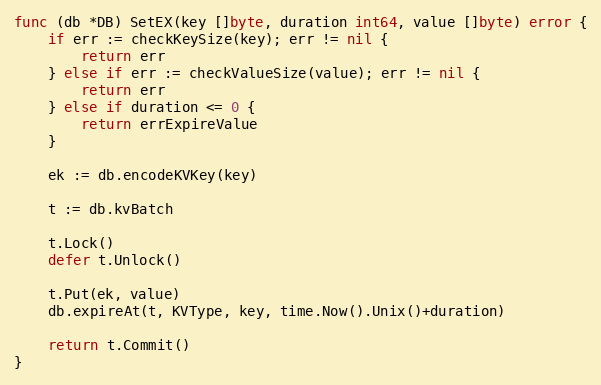
Language: Go
func (db *DB) SetEX(key []byte, duration int64, value []byte) error {
	if err := checkKeySize(key); err != nil {
		return err
	} else if err := checkValueSize(value); err != nil {
		return err
	} else if duration <= 0 {
		return errExpireValue
	}

	ek := db.encodeKVKey(key)

	t := db.kvBatch

	t.Lock()
	defer t.Unlock()

	t.Put(ek, value)
	db.expireAt(t, KVType, key, time.Now().Unix()+duration)

	return t.Commit()
}